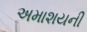
અમાશયની